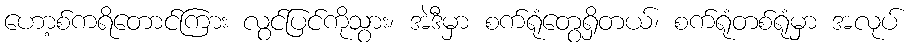
ဟော့စ်ကရိတောင်ကြား လွင်ပြင်ကိုသွား၊ အဲဒီမှာ စက်ရုံတွေရှိတယ်၊ စက်ရုံတစ်ရုံမှာ အလုပ်